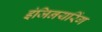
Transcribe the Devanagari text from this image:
इंजिनयरिंग